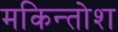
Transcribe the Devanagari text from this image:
मकिन्तोश